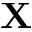
\textbf { X }